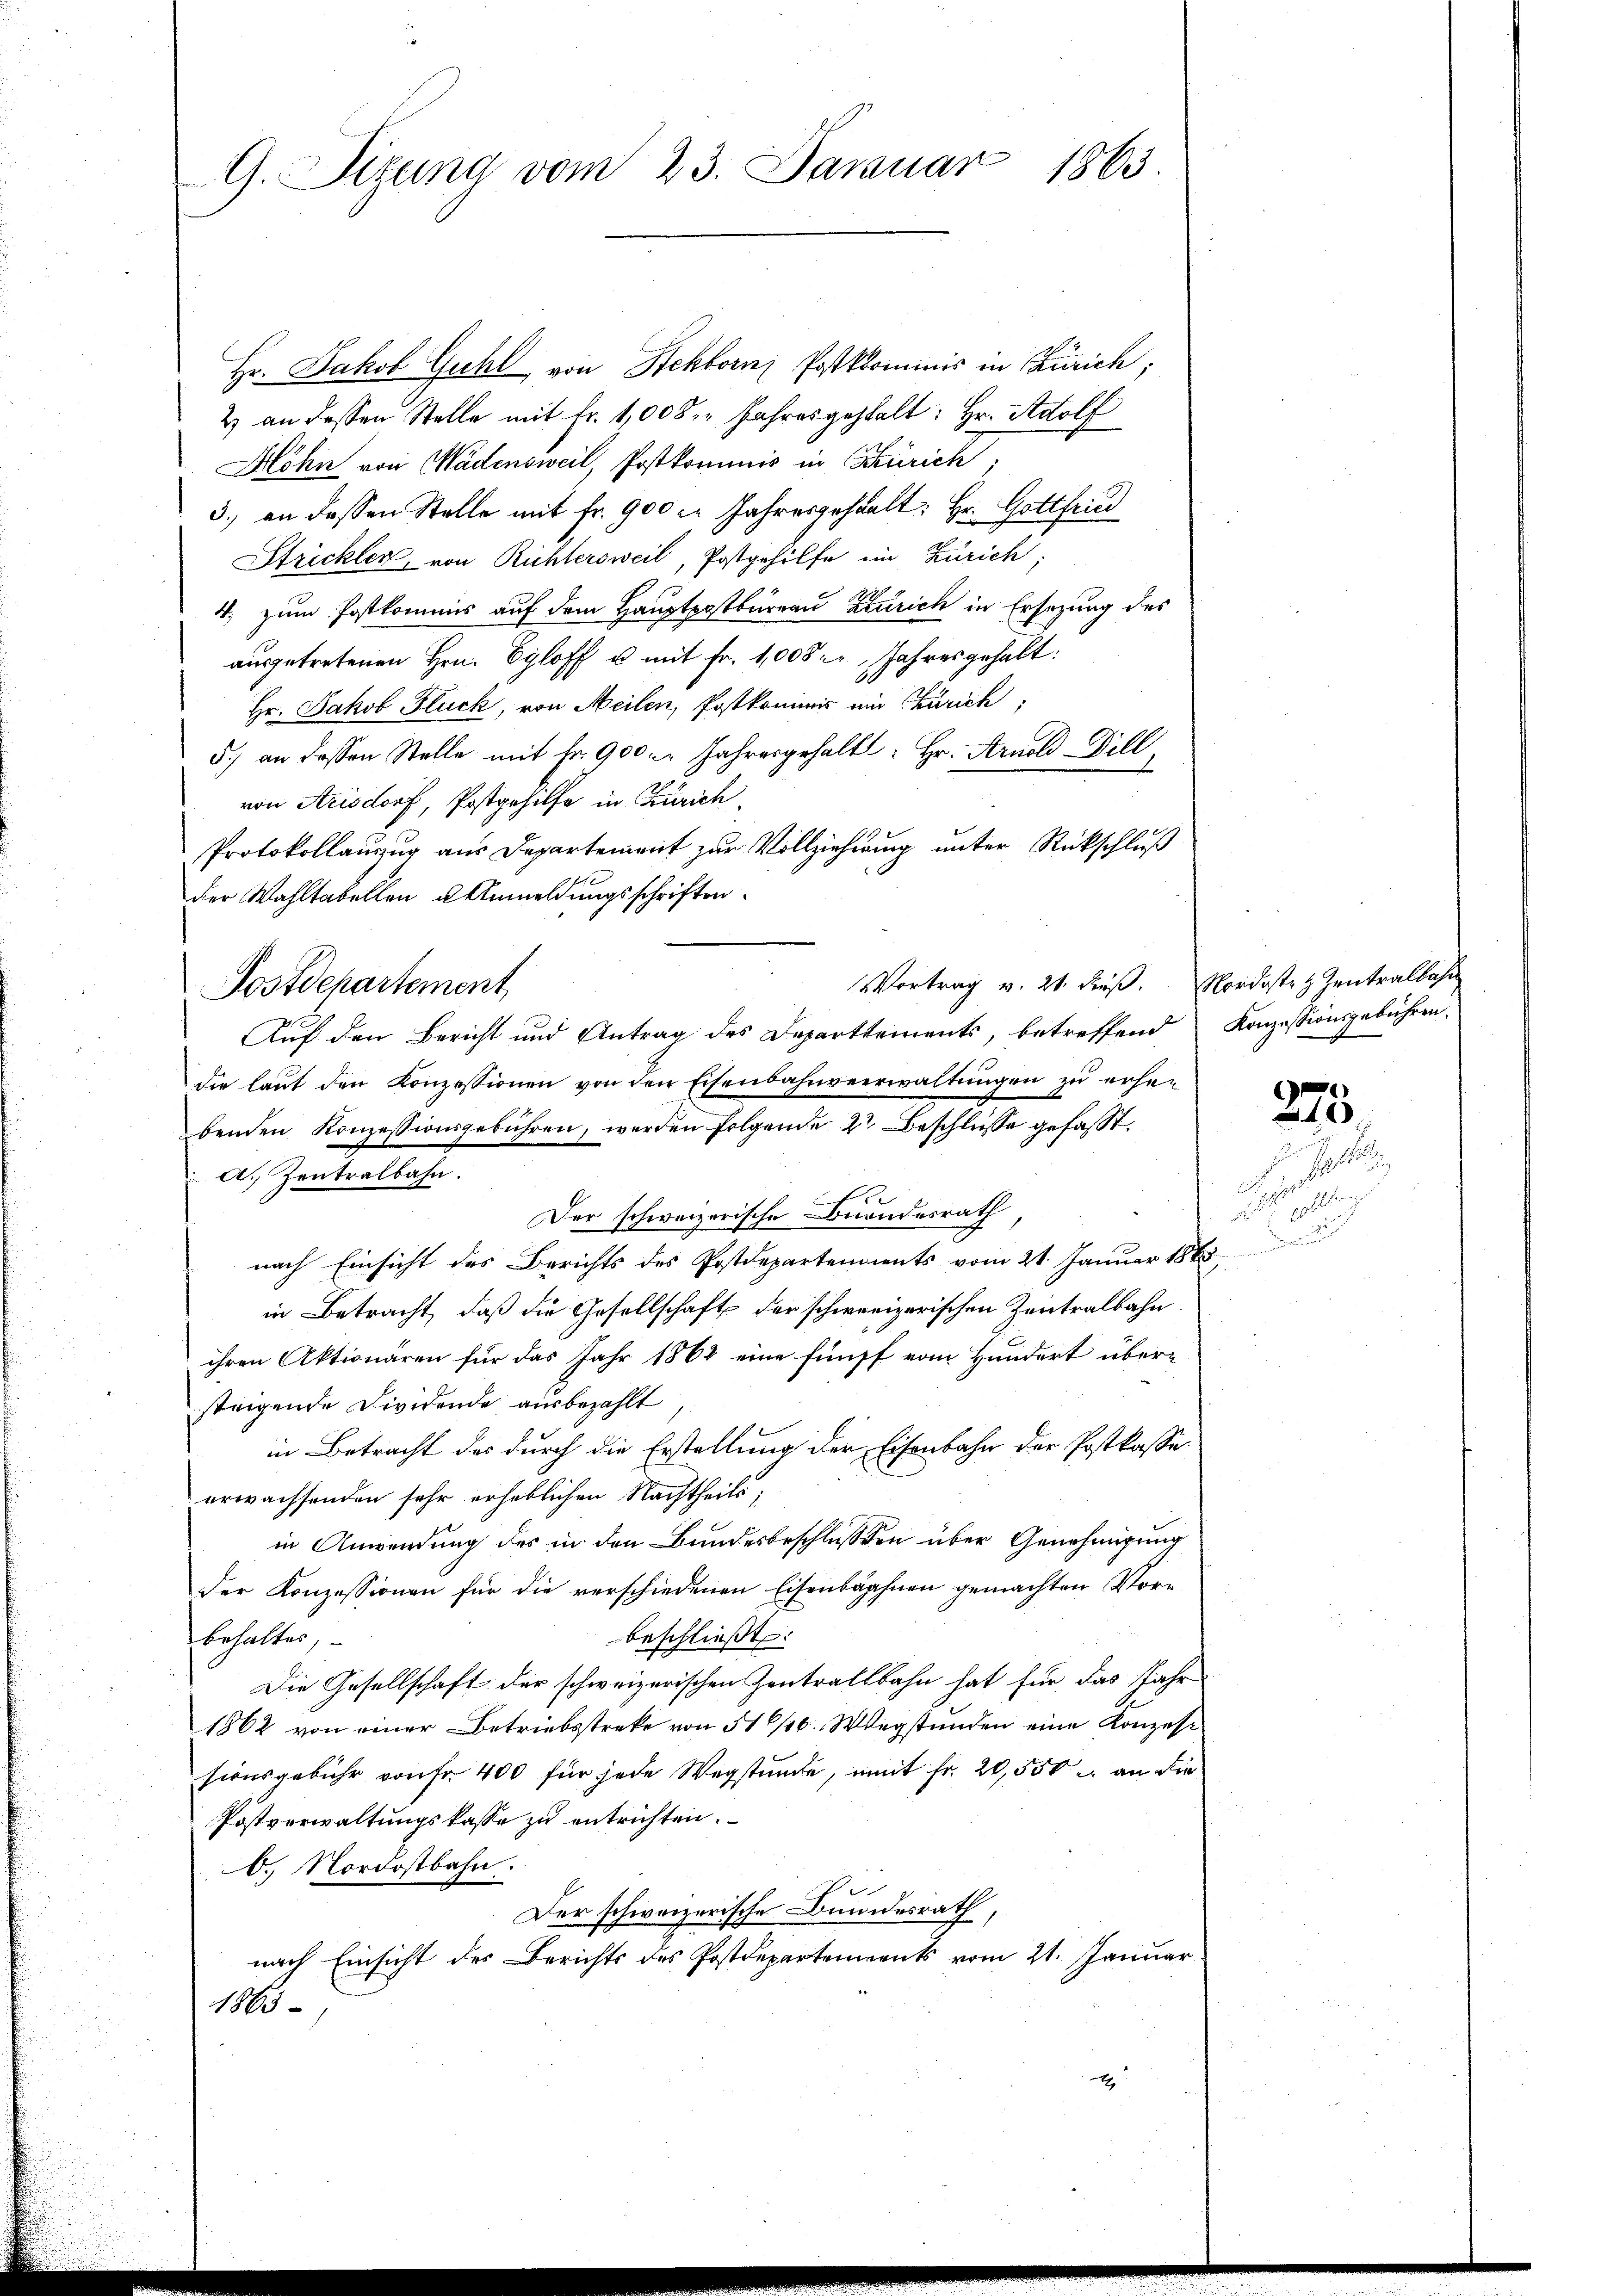
G. Sigung vom 23. Januar 1863.

Hr. Jakob Guhl von Steckborn Postkkommnis in Zürich;
2 an dessen Stelle mit Fr. 1008 Jahresgestalt: Hr. Adolf
Hohn von Wädensweil, Postkommis in Zürich,
3.) an dessen Stelle mit fr. 900 er Jahresgehalt: Hr. Gottfri
Strickler, von Richtersweil, Postgehülfe ein Zürich,
4, zum Postkommis auf dem Hauptpostbureau Zürich in Ersezung des
ausgetretenen Hrn. Egloff u. mit Fr. 1008. Jahres gehalt:
Hr. Jakob Fluck, von Meilen, Postkommer und Zürich,
5) an dessen Stelle mit Fr. 900 u. Jahresgehalt: Hr. Arnold Bill
von Arisdorf, Postgehilfe in Zürich,
Protokollauszug aus Departement zur Vollziehung unter Rückschluß
der Wahltabellen u Anmeldungsschriften.
Postdepartement
die laut den Konzessionen von den Eisenbahnverwaltungen zu erhebenden Konzessionsgebühren, werden folgende 2 Beschlüsse gefasst.
A. Zentralbahn.
Der schweizerische Bonandesrath
nach Einsicht des Berichts des Postdepartenments vom 21. Januar 1868
in Betracht, daß die Gesellschaft der schweizerischen Zentralbahn
ihren Aktionaren für das Jahr 1862 eine fünff vom Hundert überstrigende Dividende ausbezahlt
in Betracht des durch die Erstellung der Eisenbahn der Postkasse
erwachsenden sehr erheblichen Nachtheils,
in Anwendung des in den Bundesbeschlussen über Genehmigung
der Konzessionen für die verschiedenen Eisenbahnen gemachten Vorbeschließt:
behaltes,
Die Gesellschaft der schweizerischen Zentraltbahn hat für das Jahr
1862 von einer Betriebstreke von 5116. Wegstunden eine Konzessionsgebühr von fr. 400 für jede Wegstunde, mit Fr. 20,550 u. an die
Postverwaltungskasse zu entrichten.
0. Nordostbahn.
Der schweizerische Bundesrath,
nach Einsicht des Berichts des Postdepartements vom 21. Januar
1863
x

Vortrag v. 21. dieβ. Nordoste z. Zentralbahr

Auf den Bericht und Antrag des Departtements, betreffend

Konzessionsgebühren.

c
 soll

275.